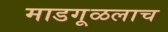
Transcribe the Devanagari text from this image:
माडगूळलाच